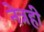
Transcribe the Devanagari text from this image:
नेत्रही